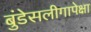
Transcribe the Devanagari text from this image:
बुंडेसलीगापेक्षा